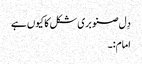
دِل صنوبری شکل کا کیوں ہے
امام:۔